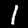
Digit: 1